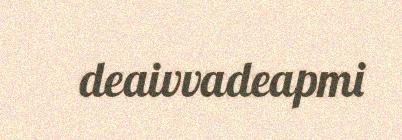
deaivvadeapmi